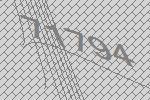
71794